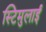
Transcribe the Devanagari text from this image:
स्टिमुलाई